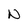
Character: N